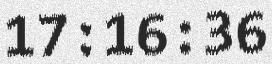
17:16:36